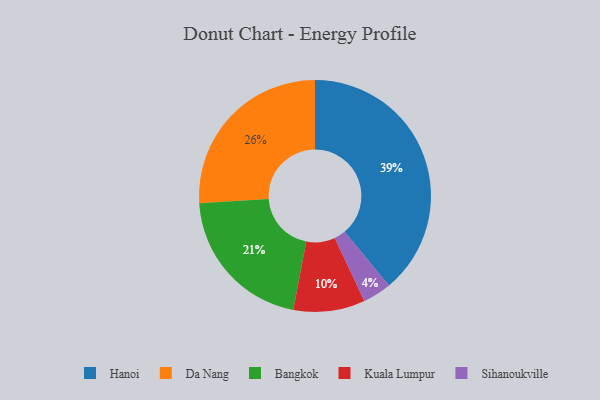
{"axis": {"x": "Category", "y": "Percentage"}, "legend": ["Bangkok", "Da Nang", "Hanoi", "Kuala Lumpur", "Sihanoukville"], "data": [{"x": "Bangkok", "y": 21, "type": "Bangkok"}, {"x": "Sihanoukville", "y": 4, "type": "Sihanoukville"}, {"x": "Kuala Lumpur", "y": 10, "type": "Kuala Lumpur"}, {"x": "Hanoi", "y": 39, "type": "Hanoi"}, {"x": "Da Nang", "y": 26, "type": "Da Nang"}]}